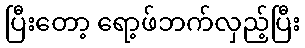
ပြီးတော့ ရော့ဖ်ဘက်လှည့်ပြီး